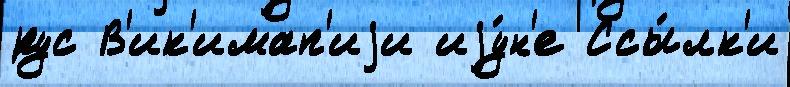
рус В'ик'имап'иjи иjу́н'е Ссы́лк'и